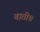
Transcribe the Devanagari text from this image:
बाती॥